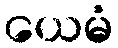
ယေမံ